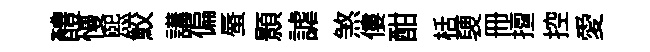
醴慢熙鮫講偏蜃顥謔煞僂酣栝褏册擅控愛